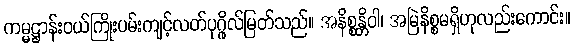
ကမ္မဋ္ဌာန်းဝယ်ကြိုးပမ်းကျင့်လတ်ပုဂ္ဂိုလ်မြတ်သည်။ အနိစ္စန္တိဝါ၊ အမြဲနိစ္စမရှိဟုလည်းကောင်း။